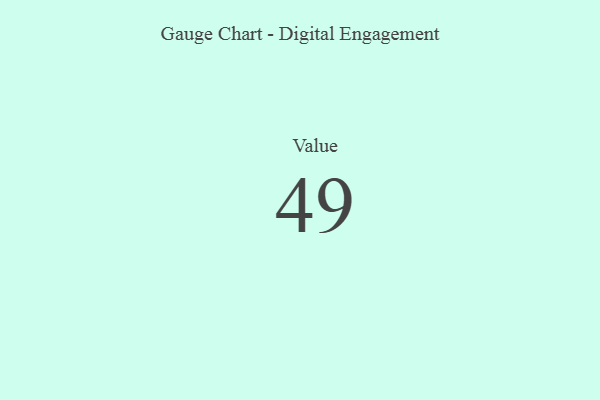
{"axis": {"x": "Metric", "y": "Value"}, "legend": [""], "data": [{"x": "Value", "y": 49, "type": ""}]}